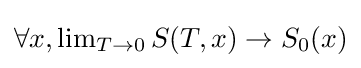
{\textstyle \forall x,\lim _{T\to 0}S(T,x)\rightarrow S_{0}(x)}